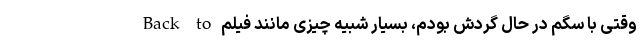
وقتی با سگم در حال گردش بودم، بسیار شبیه چیزی مانند فیلم Back to